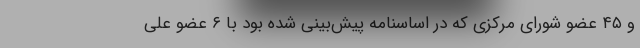
و ۴۵ عضو شورای مرکزی که در اساسنامه پیش‌بینی شده بود با ۶ عضو علی